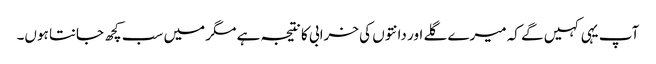
آپ یہی کہیں گے کہ میرے گلے اور دانتوں کی خرابی کا نتیجہ ہے مگر میں سب کچھ جانتا ہوں۔